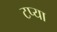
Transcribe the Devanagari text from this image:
टप्या